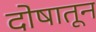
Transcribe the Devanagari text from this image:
दोषातून